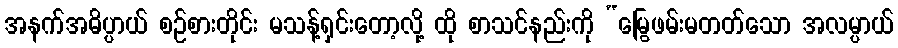
အနက်အဓိပ္ပာယ် စဉ်စားတိုင်း မသန့်ရှင်းတော့လို့ ထို စာသင်နည်းကို “မြွေဖမ်းမတတ်သော အလမ္ပာယ်